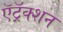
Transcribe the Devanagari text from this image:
ऍट्रॅक्शन